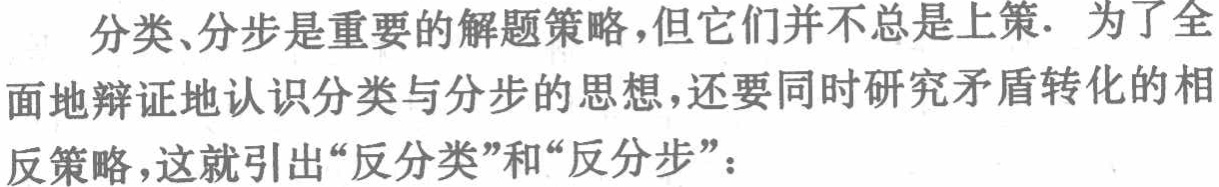
分类、分步是重要的解题策略,但它们并不总是上策. 为了全面地辩证地认识分类与分步的思想,还要同时研究矛盾转化的相反策略,这就引出“反分类”和“反分步”：